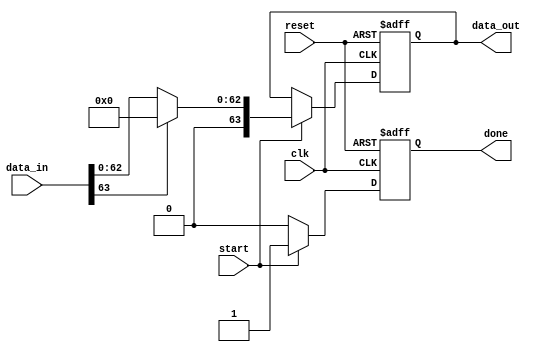
module ReLU (
    input wire clk,
    input wire reset,
    input wire [63:0] data_in,
    output reg [63:0] data_out,
    input wire start,
    output reg done
);

    always @(posedge clk or posedge reset) begin
        if (reset) begin
            data_out <= 64'b0;
            done <= 1'b0;
        end else if (start) begin
            // ReLU logic
            data_out <= (data_in[63] == 1'b0) ? data_in : 64'b0;
            done <= 1'b1;
        end else begin
            done <= 1'b0;
        end
    end
endmodule